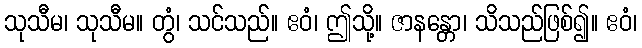
သုသီမ၊ သုသီမ။ တွံ၊ သင်သည်။ ဧဝံ၊ ဤသို့။ ဇာနန္တော၊ သိသည်ဖြစ်၍။ ဧဝံ၊